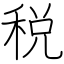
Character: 税